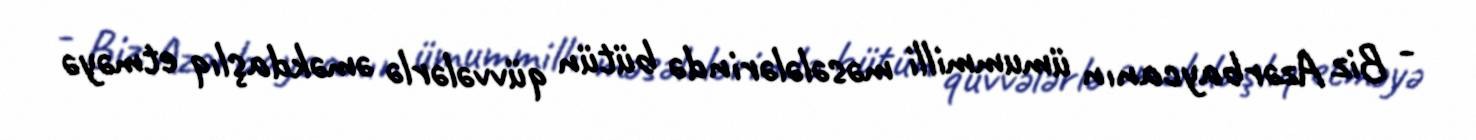
- Biz Azərbaycanın ümummilli məsələlərində bütün qüvvələrlə əməkdaşlıq etməyə